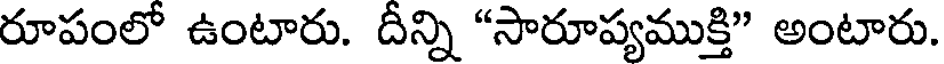
రూపంలో ఉంటారు. దీన్ని "సారూప్యముక్తి" అంటారు.